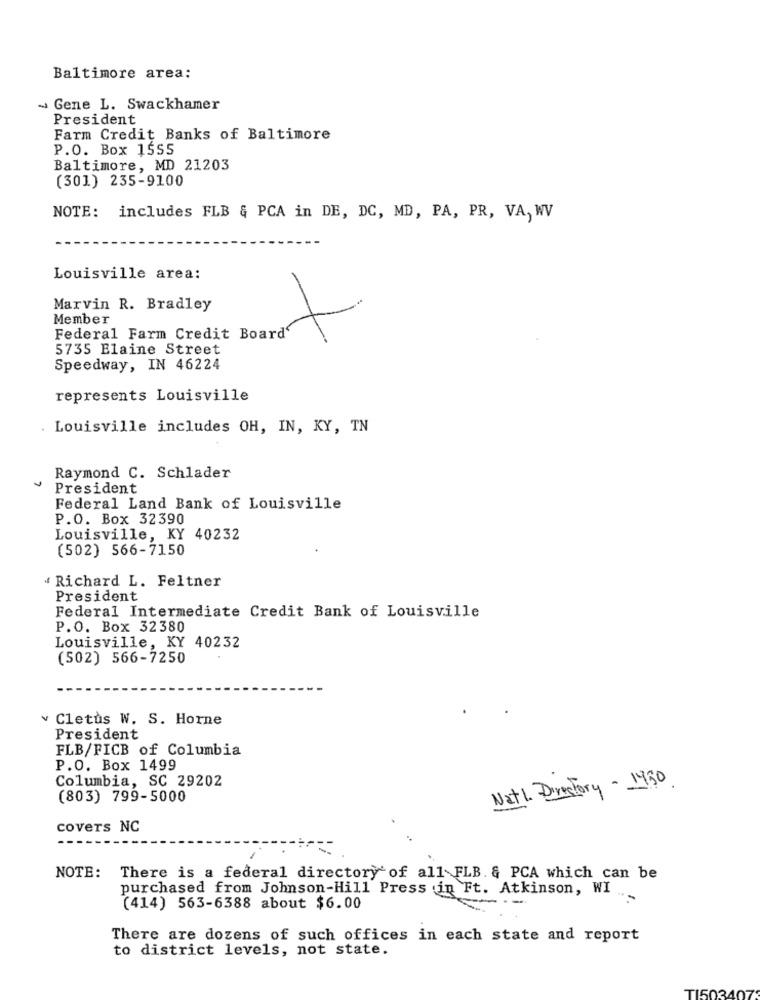
Baltimore area:
~ Gene L. Swackhamer
President
Farm Credit Banks of Baltimore
P.O. Box 1555
Baltimore, MD 21203
(301) 235-9100
NOTE: includes FLB & PCA in DE, DC, MD, PA, PR, VA, WV
Louisville area:
Marvin R. Bradley
Member
Federal Farm Credit Board'
5735 Elaine Street
Speedway, IN 46224
represents Louisville
. Louisville includes OH, IN, KY, TN
Raymond C. Schlader
President
Federal Land Bank of Louisville
P.O. Box 32390
Louisville, KY 40232
(502) 566-7150
" Richard L. Feltner
President
Federal Intermediate Credit Bank of Louisville
P.O. Box 32380
Louisville, KY 40232
(502) 566-7250
¥ Cletus W. S. Horne
President
FLB/FICB of Columbia
P.O. Box 1499
Columbia, SC 29202
Nath Directory - 1950
(803) 799-5000
covers NC
NOTE: There is a federal directory of all FLB. & PCA which can be
purchased from Johnson-Hill Press in Ft. Atkinson, WI ..
(414) 563-6388 about $6.00
There are dozens of such offices in each state and report
to district levels, not state.
TI503